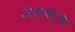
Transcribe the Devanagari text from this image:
अंधवर्ध